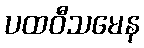
ပထဝီသမေန